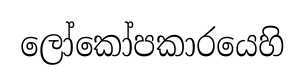
ලෝකෝපකාරයෙහි